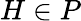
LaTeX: H\in P